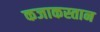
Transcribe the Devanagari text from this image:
कजाकस्तान